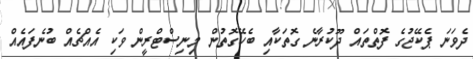
ދެވަނަ ޕެކޭޖުގެ ފޮތްތައް ދޫކުރާނެ ގޮތަކާއި ބެހޭގޮތުން މިނިސްްޓްރީން ވަކި އެއްޗެއް ބުނެފައެއް